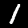
Label: 1